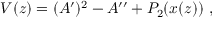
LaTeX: V ( z ) = ( A ^ { \prime } ) ^ { 2 } - A ^ { \prime \prime } + P _ { 2 } ( x ( z ) ) \ ,